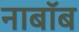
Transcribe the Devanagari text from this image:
नाबॉब